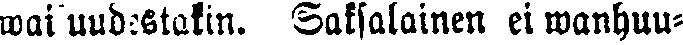
waisuudestakin. Saksalainen ei wanhuu-